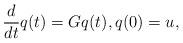
LaTeX: \begin{align*}\frac{d}{dt}q(t) = Gq(t), q(0) = u,\end{align*}